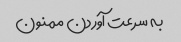
به سرعت آوردن ممنون